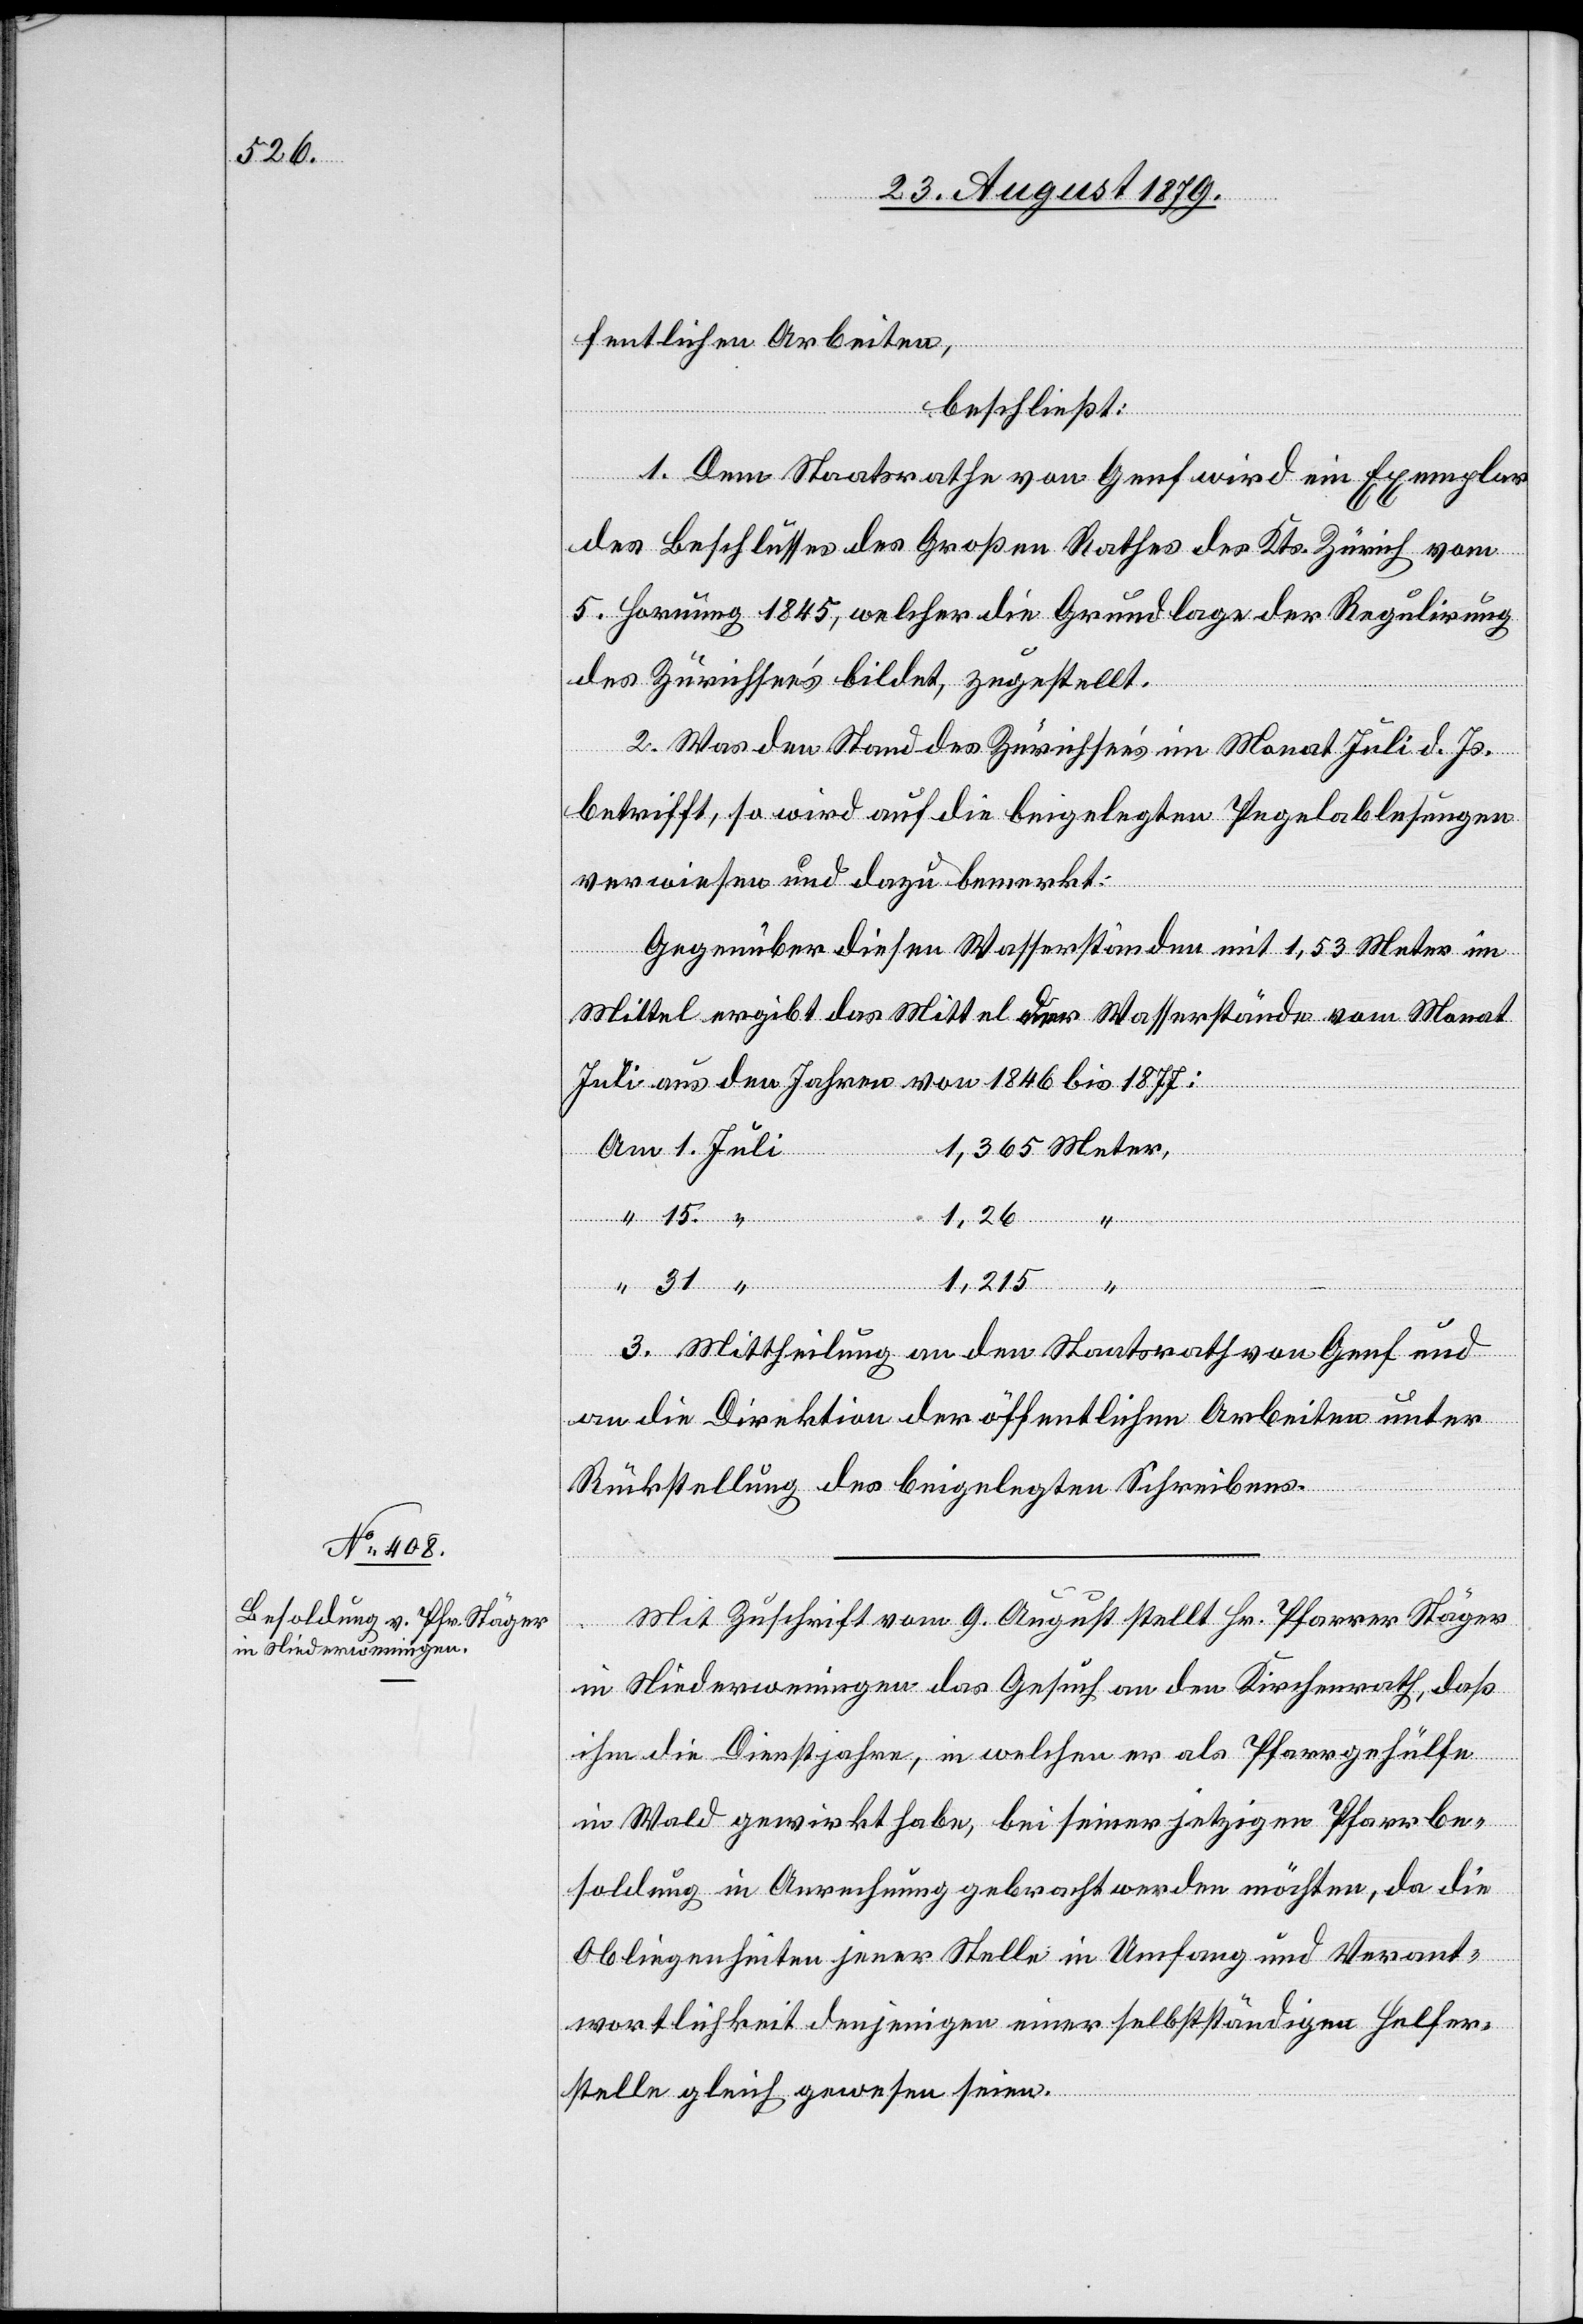
fentlichen Arbeiten,
beschließt:
1. Dem Staatsrathe von Genf wird ein Exemplar
des Beschlusses des Großen Rathes des Kts. Zürich vom
5. Hornung 1845, welcher die Grundlage der Regulirung
des Zürichsee’s bildet, zugestellt.
2. Was den Stand des Zürichsee’s im Monat Juli d. Js.
betrifft, so wird auf die beigelegten Pegelablesungen
verwiesen und dazu bemerkt:
Gegenüber diesen Wasserständen mit 1,53 Meter im
Mittel ergibt das Mittel der Wasserstände vom Monat
Juli aus den Jahren von 1846 bis 1877:
Am
“
1,215
“
1.
3. Mittheilung an den Staatsrath von Genf und
an die Direktion der öffentlichen Arbeiten unter
31.
Rückstellung des beigelegten Schreibens.
Mit Zuschrift vom 9. August stellt Hr. Pfarrer Stäger
Meter,
in Niederweningen das Gesuch an den Kirchenrath, daß
ihm die Dienstjahre, in welchen er als Pfarrgehülfe
in Wald gewirkt habe, bei seiner jetzigen Pfarrbe¬
soldung in Anrechnung gebracht werden möchten, da die
Obliegenheiten jener Stelle in Umfang und Verant¬
wortlichkeit denjenigen einer selbstständigen Helfer¬
stelle gleich gewesen seien.